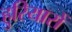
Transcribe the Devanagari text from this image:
हुरियारों